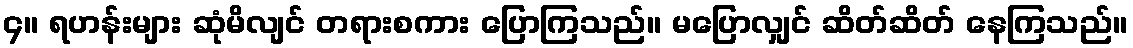
၄။ ရဟန်းများ ဆုံမိလျင် တရားစကား ပြောကြသည်။ မပြောလျှင် ဆိတ်ဆိတ် နေကြသည်။